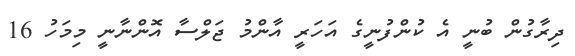
ދިރާގުން ބުނީ އެ ކުންފުނީގެ އަހަރީ އާންމު ޖަލްސާ އޮންނާނީ މިމަހު 16